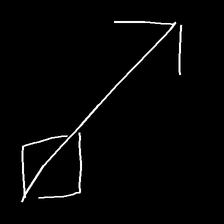
Glyph: focus